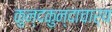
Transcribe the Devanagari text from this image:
कुन्दकुन्दाचार्य